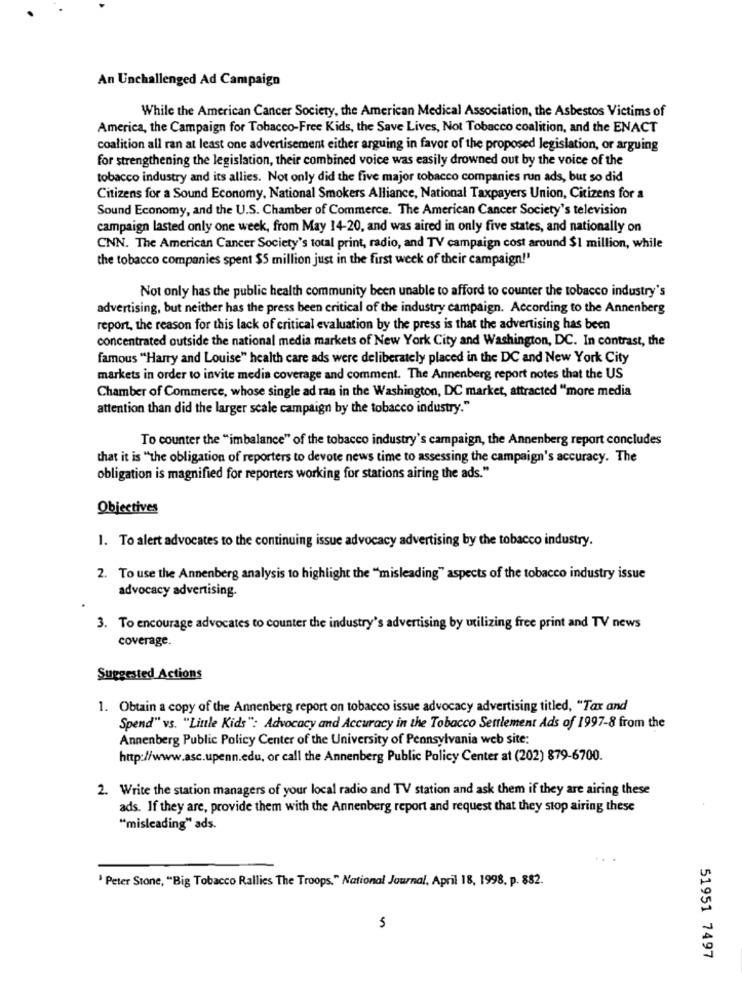
An Unchallenged Ad Campaign
While the American Cancer Society, the American Medical Association, the Asbestos Victims of
America, the Campaign for Tobacco-Free Kids, the Save Lives, Not Tobacco coalition, and the ENACT
coalition all ran at least one advertisement either arguing in favor of the proposed legislation, or arguing
for strengthening the legislation, their combined voice was easily drowned out by the voice of the
tobacco industry and its allies. Not only did the five major tobacco companies run ads, but so did
Citizens for a Sound Economy, National Smokers Alliance, National Taxpayers Union, Citizens for a
Sound Economy, and the U.S. Chamber of Commerce. The American Cancer Society's television
campaign lasted only one week, from May 14-20, and was aired in only five states, and nationally on
CNN. The American Cancer Society's total print, radio, and TV campaign cost around $1 million, while
the tobacco companies spent $5 million just in the first week of their campaign!"
Not only has the public health community been unable to afford to counter the tobacco industry's
advertising, but neither has the press been critical of the industry campaign. According to the Annenberg
report, the reason for this lack of critical evaluation by the press is that the advertising has been
concentrated outside the national media markets of New York City and Washington, DC. In contrast, the
famous "Harry and Louise" health care ads were deliberately placed in the DC and New York City
markets in order to invite media coverage and comment. The Annenberg report notes that the US
Chamber of Commerce, whose single ad ran in the Washington, DC market, attracted "more media
attention than did the larger scale campaign by the tobacco industry."
To counter the "imbalance" of the tobacco industry's campaign, the Annenberg report concludes
that it is "the obligation of reporters to devote news time to assessing the campaign's accuracy. The
obligation is magnified for reporters working for stations airing the ads."
Objectives
1. To alert advocates to the continuing issue advocacy advertising by the tobacco industry.
2. To use the Annenberg analysis to highlight the "misleading" aspects of the tobacco industry issue
advocacy advertising.
3. To encourage advocates to counter the industry's advertising by utilizing free print and TV news
coverage.
Suggested Actions
1. Obtain a copy of the Annenberg report on tobacco issue advocacy advertising titled, "Tax and
Spend" vs. "Little Kids": Advocacy and Accuracy in the Tobacco Settlement Ads of 1997-8 from the
Annenberg Public Policy Center of the University of Pennsylvania web site:
http://www.asc.upenn.edu, or call the Annenberg Public Policy Center at (202) 879-6700.
2. Write the station managers of your local radio and TV station and ask them if they are airing these
ads. If they are, provide them with the Annenberg report and request that they stop airing these
"misleading" ads.
' Peter Stone, "Big Tobacco Rallies The Troops," National Journal, April 18, 1998, p. 882.
51951 7497